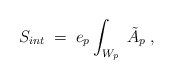
\begin{align*}S_{int} \;=\; e_{p}\int_{W_{p}}\; \tilde{A}_{p} \; ,\end{align*}